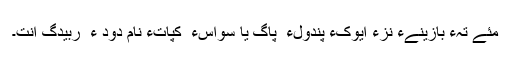
مئے تہءَ بازینےءِ نِزّءَ ایوکءَ پَندولء ُ پاگ یا سَواسء ُ کپاتءِ نام دود ء ُ ربیدگ اِنت۔